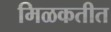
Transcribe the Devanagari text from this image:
मिळकतीत